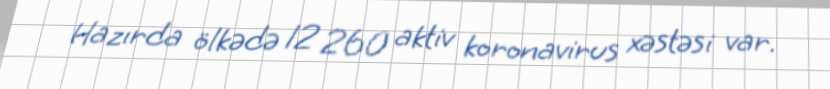
Hazırda ölkədə 12 260 aktiv koronavirus xəstəsi var.